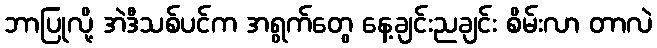
ဘာပြုလို့ အဲဒီသစ်ပင်က အရွက်တွေ နေ့ချင်းညချင်း စိမ်းလာ တာလဲ